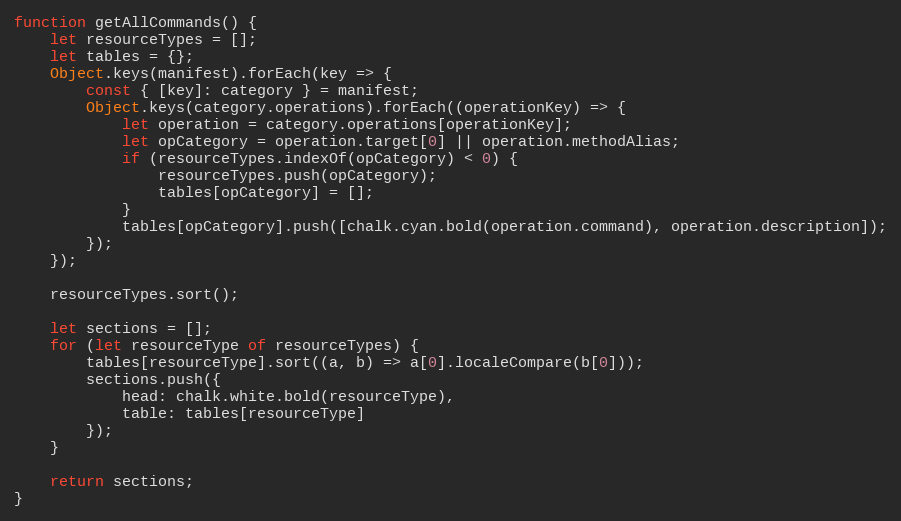
Language: JavaScript
function getAllCommands() {
    let resourceTypes = [];
    let tables = {};
    Object.keys(manifest).forEach(key => {
        const { [key]: category } = manifest;
        Object.keys(category.operations).forEach((operationKey) => {
            let operation = category.operations[operationKey];
            let opCategory = operation.target[0] || operation.methodAlias;
            if (resourceTypes.indexOf(opCategory) < 0) {
                resourceTypes.push(opCategory);
                tables[opCategory] = [];
            }
            tables[opCategory].push([chalk.cyan.bold(operation.command), operation.description]);
        });
    });

    resourceTypes.sort();

    let sections = [];
    for (let resourceType of resourceTypes) {
        tables[resourceType].sort((a, b) => a[0].localeCompare(b[0]));
        sections.push({
            head: chalk.white.bold(resourceType),
            table: tables[resourceType]
        });
    }

    return sections;
}